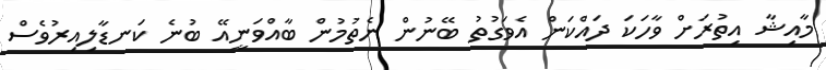
މާއިޝާ އިތުރަށް ވާހަކަ ދައްކަން އެވަގުތު ބޭނުން ނެތުމުން ބާއްވަނީއޭ ބުނެ ކަނޑާލިއިރުވެސް